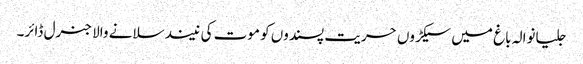
جلیانوالہ باغ میں سیکڑوں حریت پسندوں کو موت کی نیند سلانے والا جنرل ڈائر۔